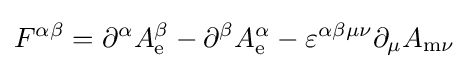
F^{\alpha \beta }=\partial ^{\alpha }A_{\mathrm {e} }^{\beta }-\partial ^{\beta }A_{\mathrm {e} }^{\alpha }-\varepsilon ^{\alpha \beta \mu \nu }\partial _{\mu }A_{{\mathrm {m} }\nu }